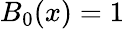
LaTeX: B_{0}(x)=1